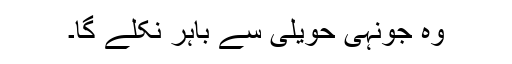
وہ جونہی حویلی سے باہر نکلے گا۔